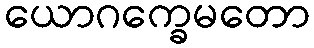
ယောဂက္ခေမတော